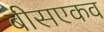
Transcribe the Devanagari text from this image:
बीसएकव